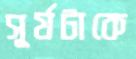
সূর্যটাকে